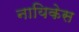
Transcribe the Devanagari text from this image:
नायिकेस